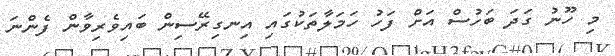
މި ހޫނު ގަދަ ބަހުސް އަށް ފަހު ހަމަލާތަކުގައި އިނގިރޭސިން ބައިވެރިވާން ފެންނަ